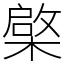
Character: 𣘼